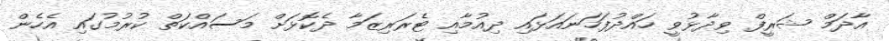
އާދަމް ޝަރީފް ވިދާޅުވީ ހައްދުފަހަނައަޅައި ދިއުމާއި ޓެރަރިޒަމާ ދެކޮޅަށް މަސައްކަތް ކުރުމުގައި އެހެން